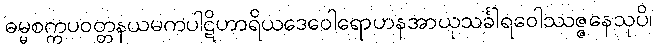
ဓမ္မစက္ကပဝတ္တနယမကပါဋိဟာရိယဒေဝေါရောဟနအာယုသင်္ခါရဝေါဿဇ္ဇနေသုပိ၊